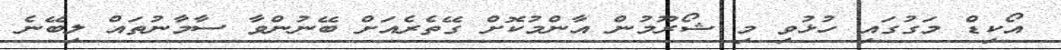
އޯކިޑް މަގުގައި ހުޅުވި މި ޝޯރޫމުން އާންމުކޮށް ގޭތެރެއަށް ބޭނުންވާ ސާމާނުތައް ލިބޭނެ